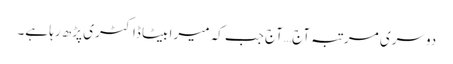
دوسری مرتبہ آج… آج جب کہ میرا بیٹا ڈاکٹری پڑھ رہا ہے۔